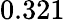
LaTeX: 0.321